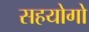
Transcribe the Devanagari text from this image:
सहयोगो